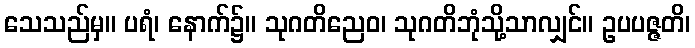
သေသည်မှ။ ပရံ၊ နောက်၌။ သုဂတိညေဝ၊ သုဂတိဘုံသို့သာလျှင်။ ဥပပဇ္ဇတိ၊